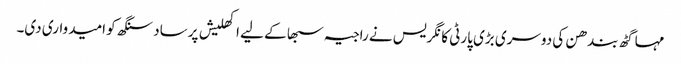
مہا گٹھ بندھن کی دوسری بڑی پارٹی کانگریس نے راجیہ سبھا کے لیے اکھلیش پرساد سنگھ کو امیدواری دی۔